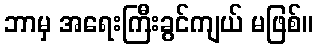
ဘာမှ အရေးကြီးခွင်ကျယ် မဖြစ်။